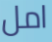
امل